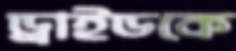
ড্রাইডকে